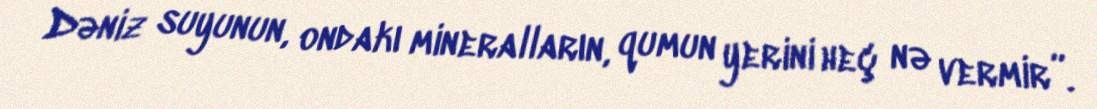
Dəniz suyunun, ondakı mineralların, qumun yerini heç nə vermir”.